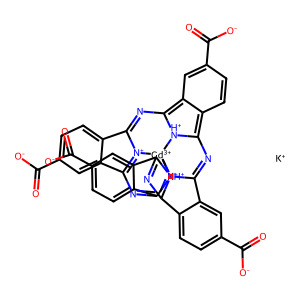
SMILES: O=C([O-])c1ccc2c(c1)C1=NC3=c4ccc(C(=O)[O-])cc4=C4N=C5c6ccc(C(=O)[O-])cc6C6=[N+]5[Gd+3]5([N+]1=C2N=C1c2cc(C(=O)[O-])ccc2C(=N6)[NH+]15)[NH+]34.[K+]
Inhibits HIV replication: No